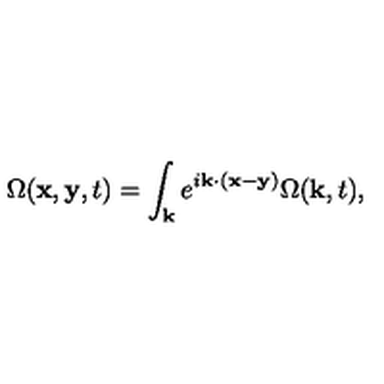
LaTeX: \Omega ( { \bf x } , { \bf y } , t ) = \int _ { { \bf k } } e ^ { i { \bf k } \cdot ( { \bf x } - { \bf y } ) } \Omega ( { \bf k } , t ) ,